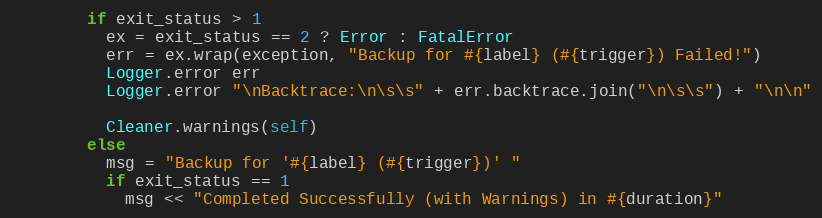
Language: Ruby
        if exit_status > 1
          ex = exit_status == 2 ? Error : FatalError
          err = ex.wrap(exception, "Backup for #{label} (#{trigger}) Failed!")
          Logger.error err
          Logger.error "\nBacktrace:\n\s\s" + err.backtrace.join("\n\s\s") + "\n\n"

          Cleaner.warnings(self)
        else
          msg = "Backup for '#{label} (#{trigger})' "
          if exit_status == 1
            msg << "Completed Successfully (with Warnings) in #{duration}"